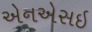
એનએસઇ